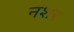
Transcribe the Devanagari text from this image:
नशर